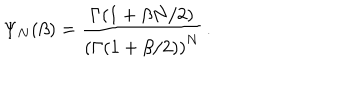
\Psi _ { N } ( \beta ) = { \frac { \Gamma ( 1 + \beta N / 2 ) } { \left( \Gamma ( 1 + \beta / 2 ) \right) ^ { N } } } \, .